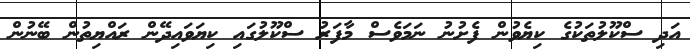
އަދި ސްކޫލުތަކުގެ ކިޔެވުން ފެށުނު ނަމަވެސް މާފަރު ސްކޫލުގައި ކިޔަވައިދޭން ރައްޔިތުން ބޭނުން